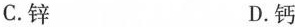
C.锌 D.钙